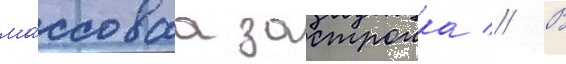
ма́ссоваа застроика // В